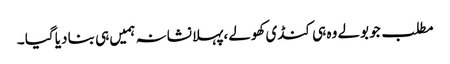
مطلب جو بولے وہ ہی کنڈی کھولے ،پہلا نشانہ ہمیں ہی بنا دیا گیا ۔